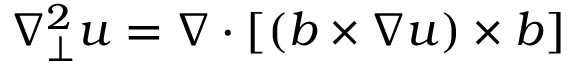
\nabla _ { \bot } ^ { 2 } u = \boldsymbol { \nabla } \cdot \left[ ( \boldsymbol { b } \times \boldsymbol { \nabla } u ) \times \boldsymbol { b } \right]